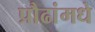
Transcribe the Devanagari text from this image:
प्रौढांमधे